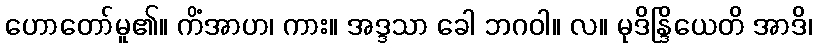
ဟောတော်မူ၏။ ကိံအာဟ၊ ကား။ အဒ္ဒသာ ခေါ ဘဂဝါ။ လ။ မုဒိန္ဒြိယေတိ အာဒိ၊